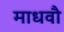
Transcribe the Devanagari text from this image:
माधवौ